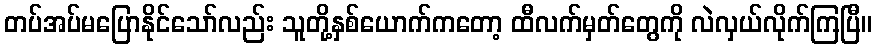
တပ်အပ်မပြောနိုင်သော်လည်း သူတို့နှစ်ယောက်ကတော့ ထီလက်မှတ်တွေကို လဲလှယ်လိုက်ကြပြီ။